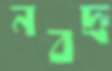
নবদ্রু